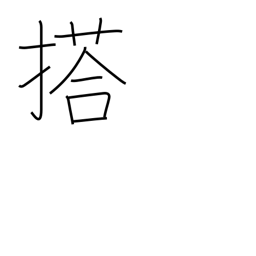
Meaning: load (a vehicle)